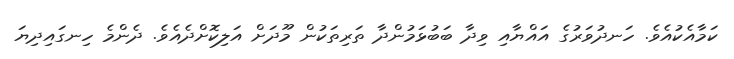
ކަމާއެކުއެވެ. ހަނދުވަރުގެ އައްޔާއި ވިދާ ބަބުޅަމުންދާ ތަރިތަކުން މޫދަށް އަލިކޮށްދެއެވެ. ދެންމެ ހިނގައިދިޔަ